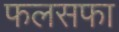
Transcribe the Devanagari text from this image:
फलसफा